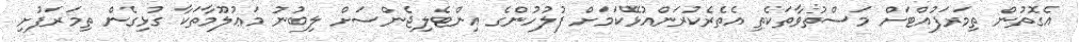
އެގޮތުން ތިމަރަފުއްޓަށް މަސްތުވާތަކެތި އެތެރެކުރަންއުޅޭކަމަށް ފުލުހުންގެ އިންޓެލިޖެންސަށް ލިބުނު މަޢުލޫމާތަކާ ގުޅިގެން ތިމަރަފުށި